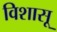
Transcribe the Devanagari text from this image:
विशासू